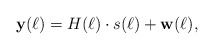
\begin{align*}\mathbf{y}(\ell)=H(\ell)\cdot s(\ell)+\mathbf{w}(\ell),\end{align*}